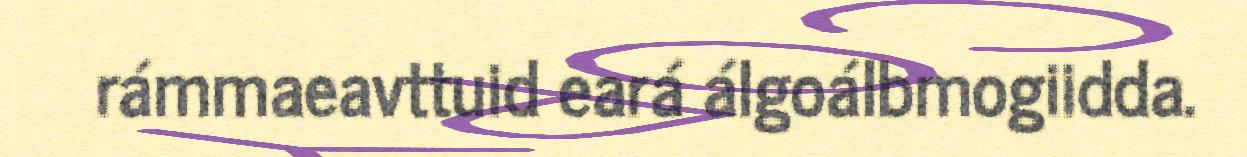
rámmaeavttuid eará álgoálbmogiidda.